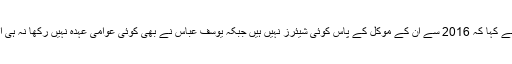
بات کو جاری رکھتے ہوئے امجد پرویز نے کہا کہ 2016 سے ان کے موکل کے پاس کوئی شیئرز نہیں ہیں جبکہ یوسف عباس نے بھی کوئی عوامی عہدہ نہیں رکھا نہ ہی اس سے متعلق کوئی شہادت پیش کی گئیں۔